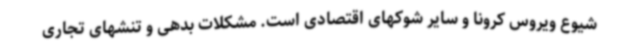
شیوع ویروس کرونا و سایر شوکهای اقتصادی است. مشکلات بدهی و تنشهای تجاری